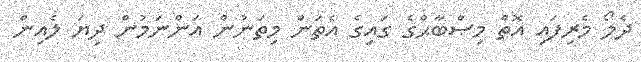
ދެލޯ މެރިފައި އޮތް މިޞްބާޙްގެ ގައިގެ އެތަން މިތަނުން އަންނަމުން ދިޔަ ލެއިން